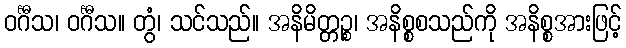
ဝင်္ဂီသ၊ ဝင်္ဂီသ။ တွံ၊ သင်သည်။ အနိမိတ္တဉ္စ၊ အနိစ္စစသည်ကို အနိစ္စအားဖြင့်